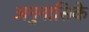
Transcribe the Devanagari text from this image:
अनुनासिके